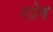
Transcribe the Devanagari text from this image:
स्प्रेन